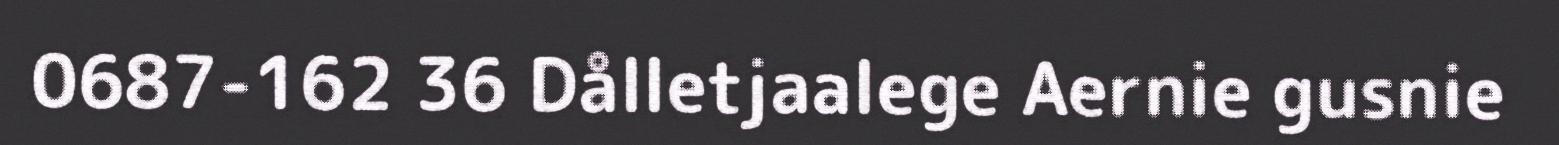
0687-162 36 Dålletjaalege Aernie gusnie